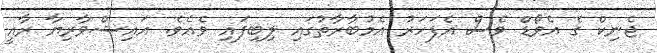
ޖެނިކް ގެ އެވޯޑް ވެސް އެފަހަރު އެމުބާރާތުގައި ލިބިފައި ވެއެވެ. އައިޝްވާރިޔާ ރާއީ